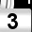
Digit: 3